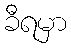
ခီရမှာ